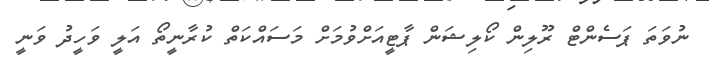
ނުވަތަ ޕަސެންޓް ރޫލިން ކޯލިޝަން ޕާޓީއަށްވުމަށް މަސައްކަތް ކުރާނީތޯ އަލީ ވަހީދު ވަނީ